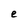
Character: e